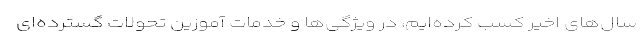
سال‌های اخیر کسب کرده‌ایم، در ویژگی‌ها و خدمات آموزین تحولات گسترده‌ای